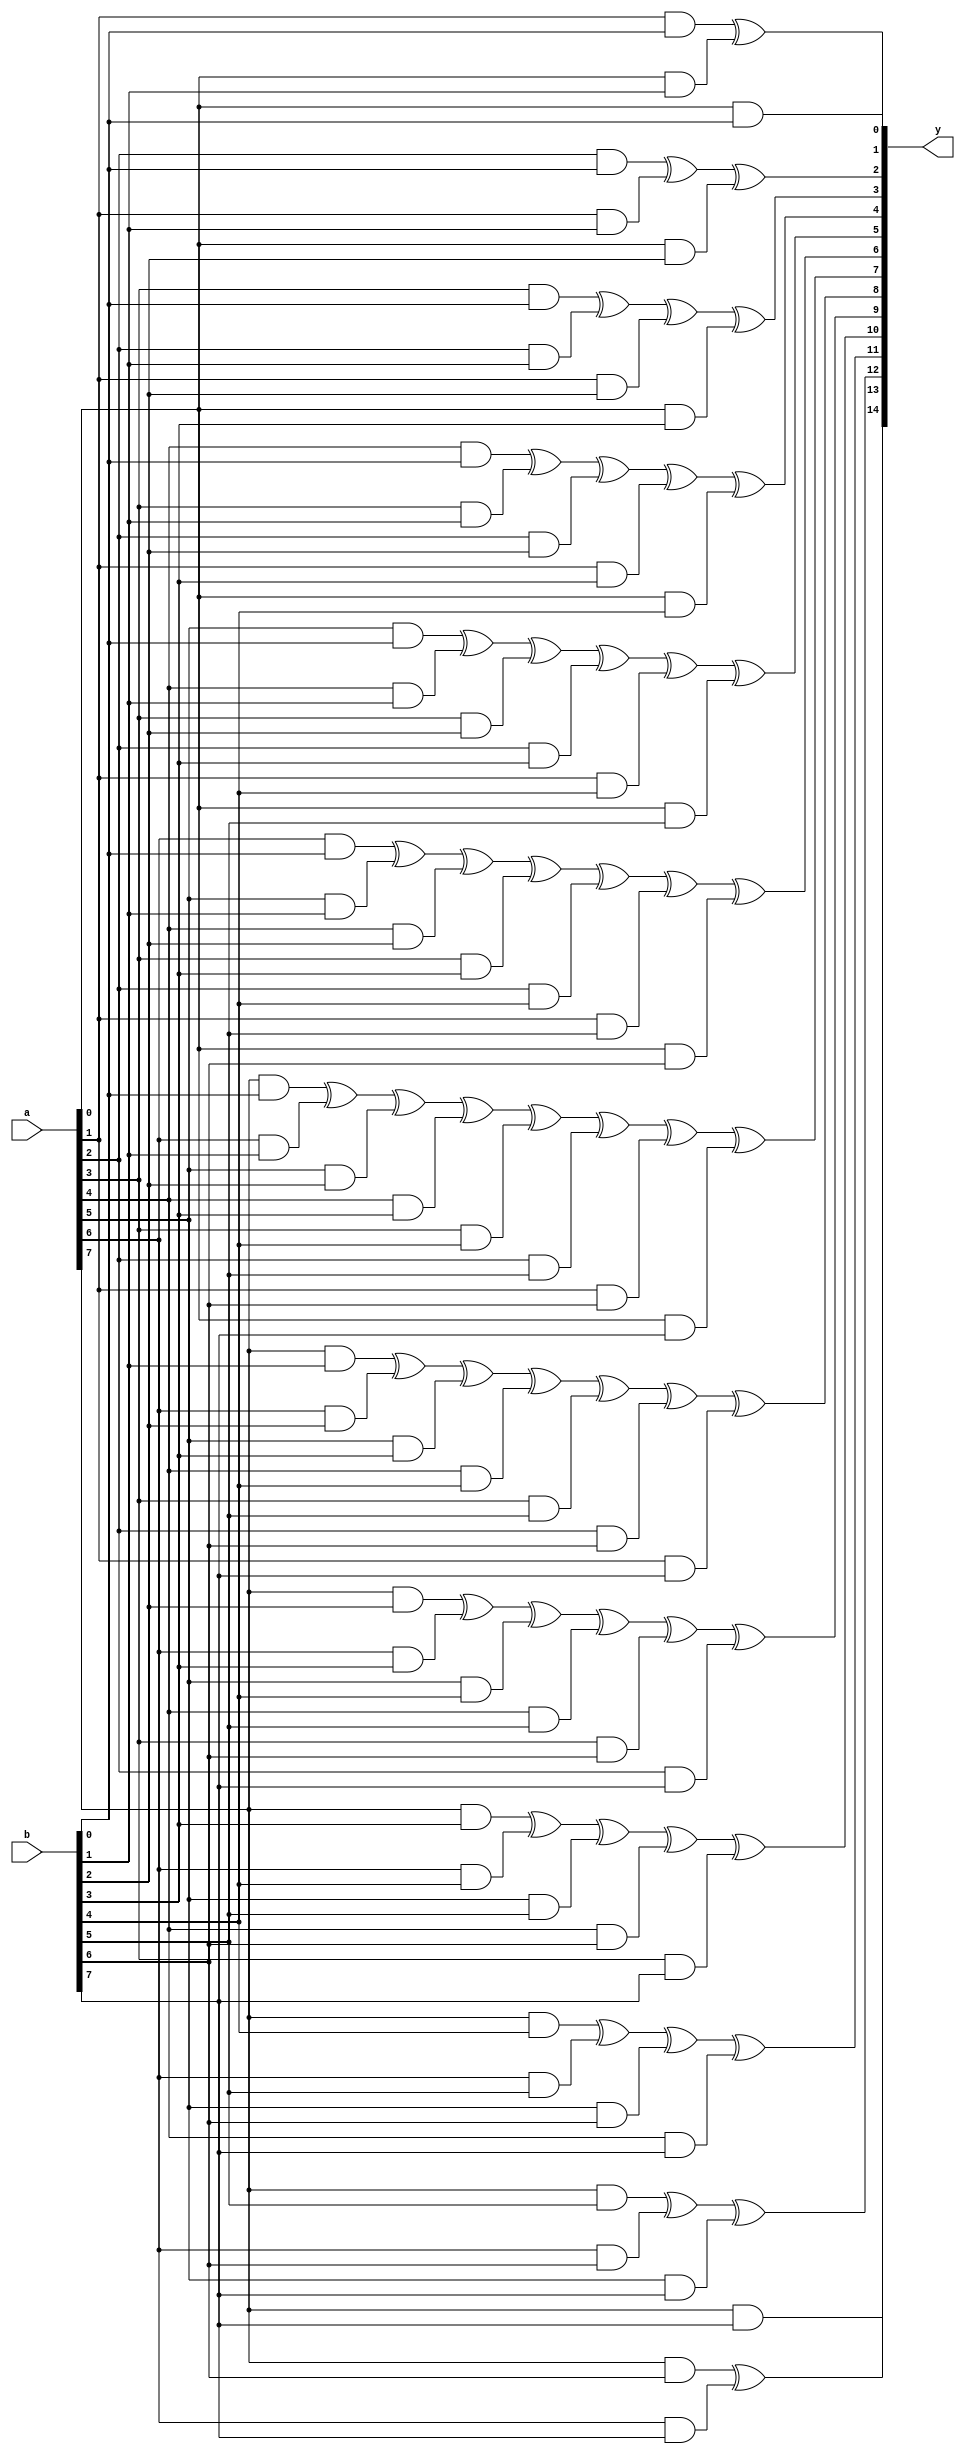
`timescale 1ns / 1ps
//////////////////////////////////////////////////////////////////////////////////
// Company: 
// 
// Design Name: 
// Module Name: CA_8bit
// Project Name: 
// Target Devices: 
// Tool Versions: 
// Description: 
// 
// Dependencies: 
// 
// Revision:
// Revision 0.01 - File Created
// Additional Comments:
// 
//////////////////////////////////////////////////////////////////////////////////


module CA_8bit(
    a,
    b,
    y
    );

input [7:0] a;
input [7:0] b;

output [14:0] y;



assign y[0] = (a[0] & b[0]);

assign y[1] = (a[1] & b[0])^(a[0] & b[1]);

assign y[2] = (a[2] & b[0])^(a[1] & b[1])^(a[0] & b[2]);

assign y[3] = (a[3] & b[0])^(a[2] & b[1])^(a[1] & b[2])^(a[0] & b[3]);

assign y[4] = (a[4] & b[0])^(a[3] & b[1])^(a[2] & b[2])^(a[1] & b[3])^(a[0] & b[4]);

assign y[5] = (a[5] & b[0])^(a[4] & b[1])^(a[3] & b[2])^(a[2] & b[3])^(a[1] & b[4])^(a[0] & b[5]);

assign y[6] = (a[6] & b[0])^(a[5] & b[1])^(a[4] & b[2])^(a[3] & b[3])^(a[2] & b[4])^(a[1] & b[5])^(a[0] & b[6]);

assign y[7] = (a[7] & b[0])^(a[6] & b[1])^(a[5] & b[2])^(a[4] & b[3])^(a[3] & b[4])^(a[2] & b[5])^(a[1] & b[6])^(a[0] & b[7]);

assign y[8] = (a[7] & b[1])^(a[6] & b[2])^(a[5] & b[3])^(a[4] & b[4])^(a[3] & b[5])^(a[2] & b[6])^(a[1] & b[7]);

assign y[9] = (a[7] & b[2])^(a[6] & b[3])^(a[5] & b[4])^(a[4] & b[5])^(a[3] & b[6])^(a[2] & b[7]);

assign y[10] = (a[7] & b[3])^(a[6] & b[4])^(a[5] & b[5])^(a[4] & b[6])^(a[3] & b[7]);

assign y[11] = (a[7] & b[4])^(a[6] & b[5])^(a[5] & b[6])^(a[4] & b[7]);

assign y[12] = (a[7] & b[5])^(a[6] & b[6])^(a[5] & b[7]);

assign y[13] = (a[7] & b[6])^(a[6] & b[7]);

assign y[14] = (a[7] & b[7]);


endmodule